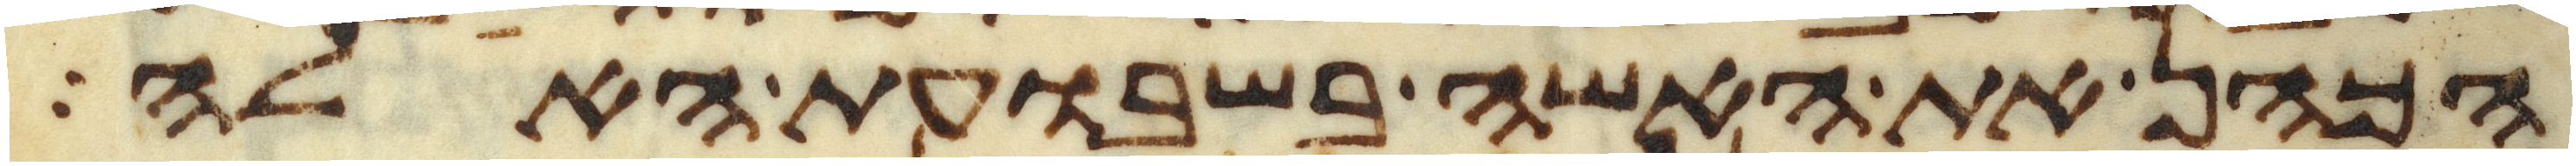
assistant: הכהן את האשה בשבועת האלה